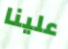
علينا